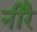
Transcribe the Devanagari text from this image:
नीरै